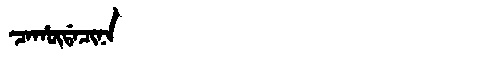
Manchu: ᠴᠠᡥᡡᡩᠠᠴᡳᠨᠠ
Romanization: CAHŪDACINA